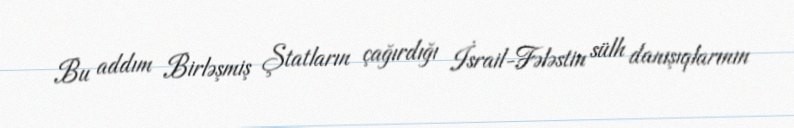
Bu addım Birləşmiş Ştatların çağırdığı İsrail-Fələstin sülh danışıqlarının